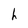
Character: h